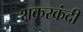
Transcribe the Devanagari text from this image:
शकरकंदी